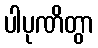
ပါပုဏိတွာ